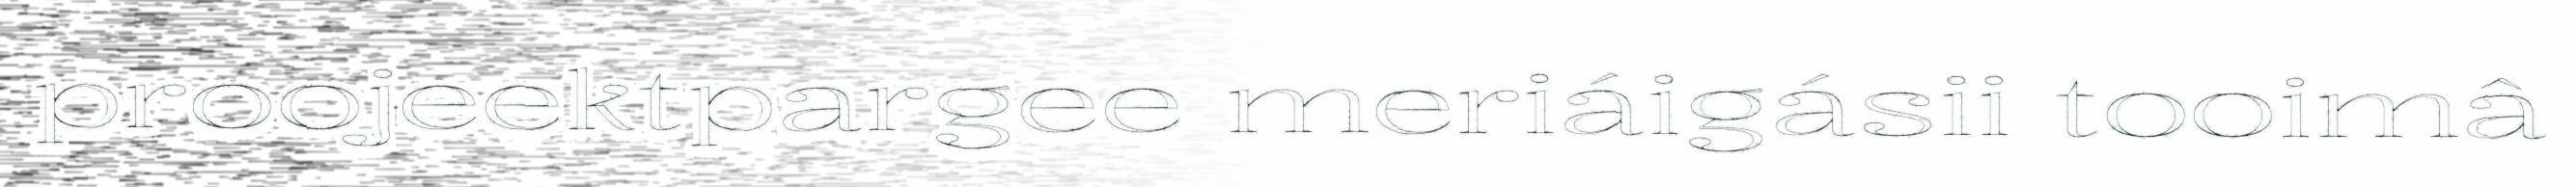
proojeektpargee meriáigásii tooimâ